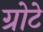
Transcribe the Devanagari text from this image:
ग्रोटे